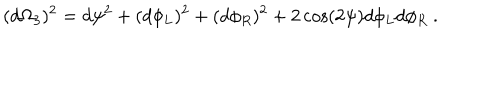
( d \Omega _ { 3 } ) ^ { 2 } = d \psi ^ { 2 } + ( d \phi _ { L } ) ^ { 2 } + ( d \phi _ { R } ) ^ { 2 } + 2 \cos ( 2 \psi ) d \phi _ { L } d \phi _ { R } ~ .